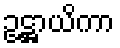
ဥဋ္ဌာယိကာ